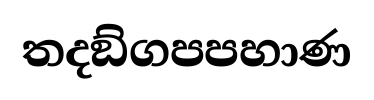
තදඞ්ගපපහාණ